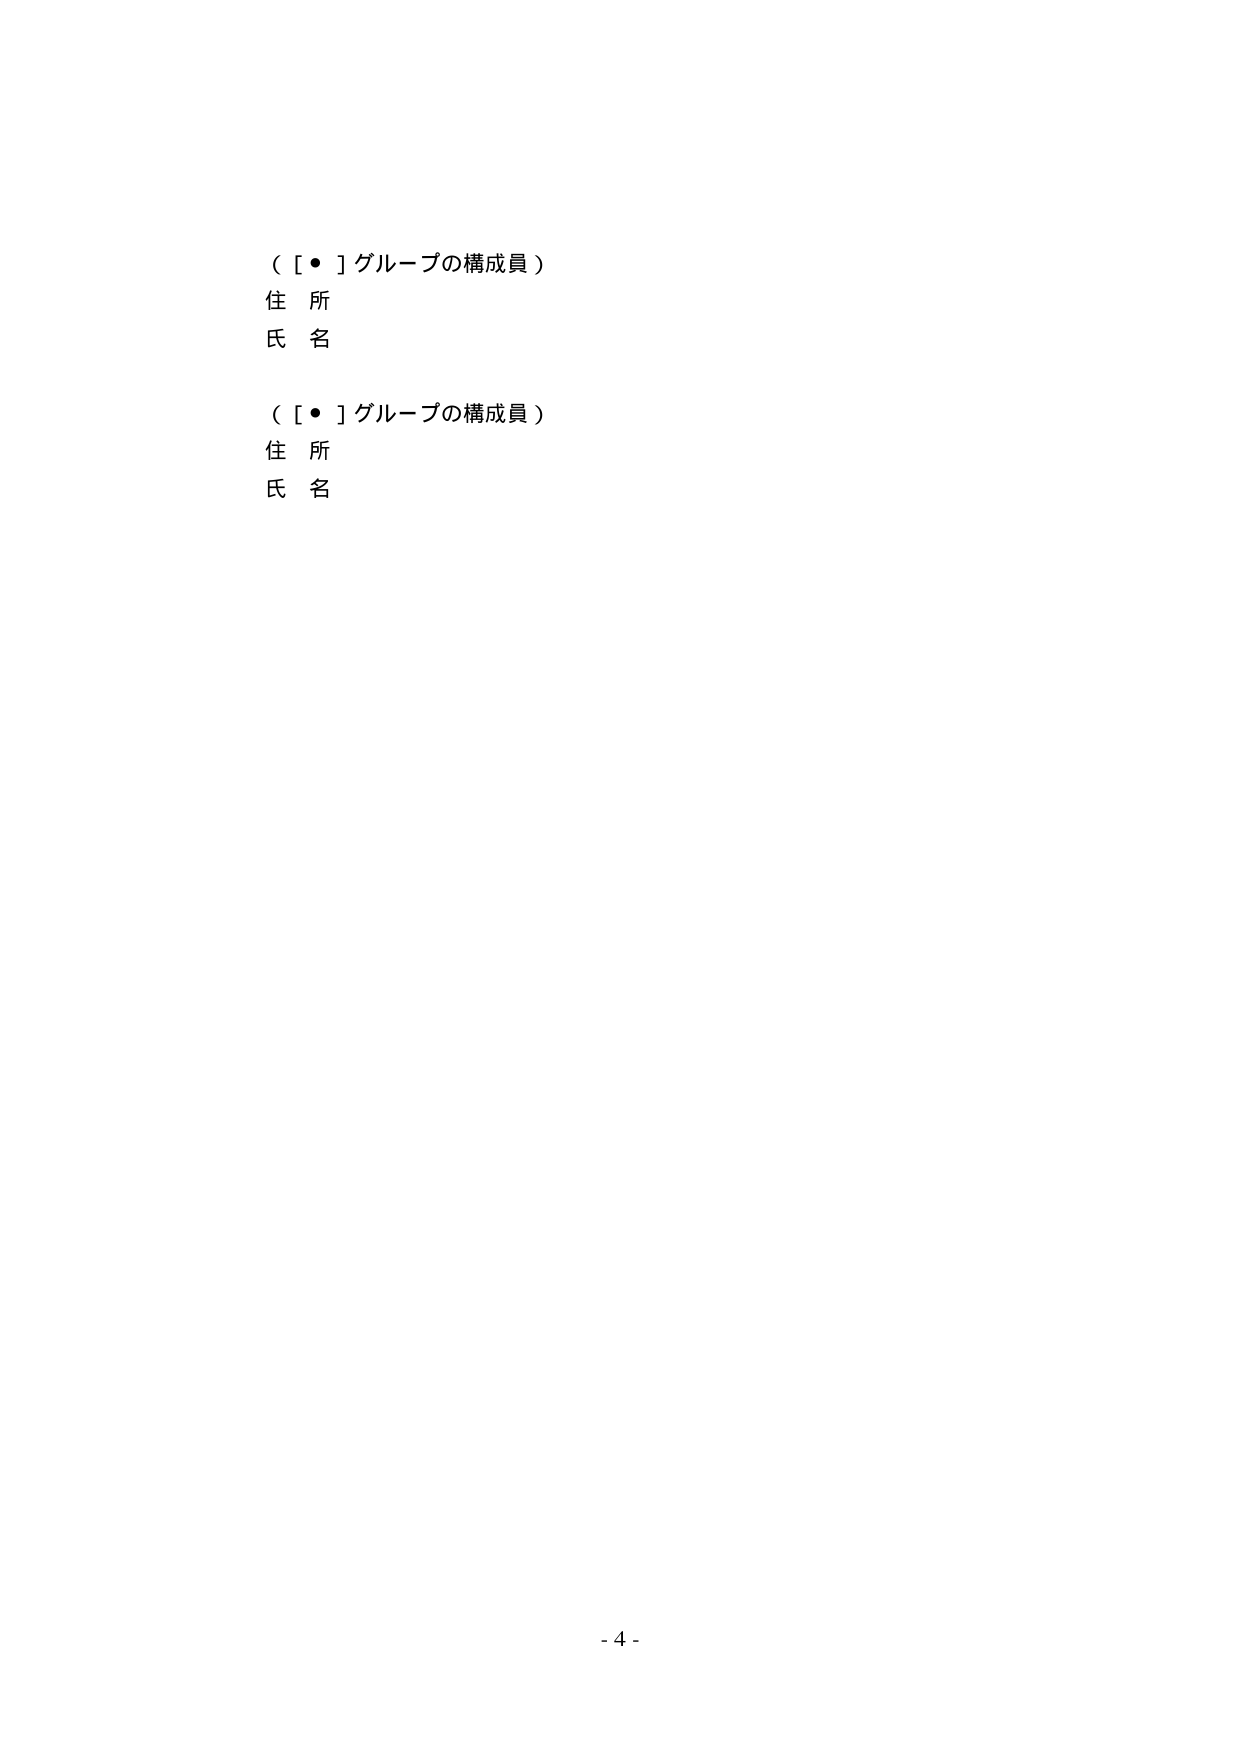
（［●］グループの構成員）
住所
氏名

（［●］グループの構成員）
住所
氏名

- 4 -